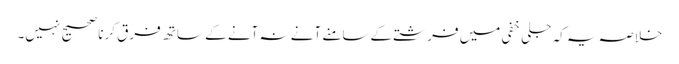
خلاصہ یہ کہ جلی خفی میں فرشتے کےسامنے آنے نہ آنے کے ساتھ فرق کرنا صحیح نہیں۔